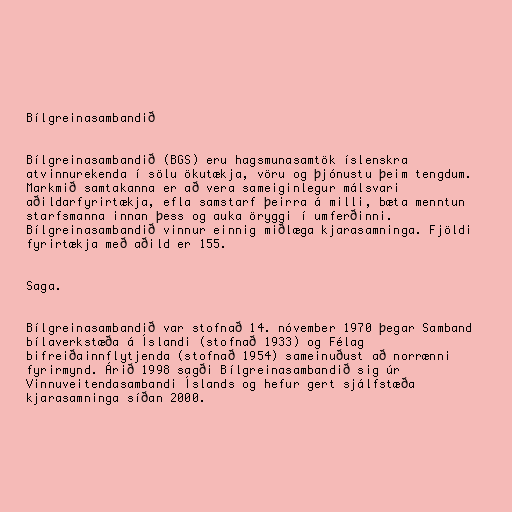
Bílgreinasambandið

Bílgreinasambandið (BGS) eru hagsmunasamtök íslenskra
atvinnurekenda í sölu ökutækja, vöru og þjónustu þeim tengdum.
Markmið samtakanna er að vera sameiginlegur málsvari
aðildarfyrirtækja, efla samstarf þeirra á milli, bæta menntun
starfsmanna innan þess og auka öryggi í umferðinni.
Bílgreinasambandið vinnur einnig miðlæga kjarasamninga. Fjöldi
fyrirtækja með aðild er 155.

Saga.

Bílgreinasambandið var stofnað 14. nóvember 1970 þegar Samband
bílaverkstæða á Íslandi (stofnað 1933) og Félag
bifreiðainnflytjenda (stofnað 1954) sameinuðust að norrænni
fyrirmynd. Árið 1998 sagði Bílgreinasambandið sig úr
Vinnuveitendasambandi Íslands og hefur gert sjálfstæða
kjarasamninga síðan 2000.